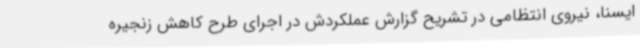
ایسنا، نیروی انتظامی در تشریح گزارش عملکردش در اجرای طرح کاهش زنجیره